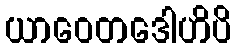
ယာဝေတဒေါဟိပိ